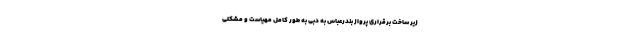
زیر ساخت برقراری پرواز بندرعباس به دبی به طور کامل مهیاست و مشکلی